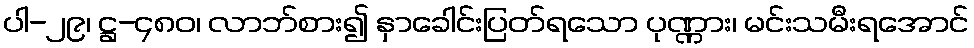
ပါ-၂၉၊ ဋ္ဌ-၄၈၀၊ လာဘ်စား၍ နှာခေါင်းပြတ်ရသော ပုဏ္ဏား၊ မင်းသမီးရအောင်